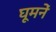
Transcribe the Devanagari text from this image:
घूमनें